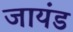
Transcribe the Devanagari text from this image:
जायंड